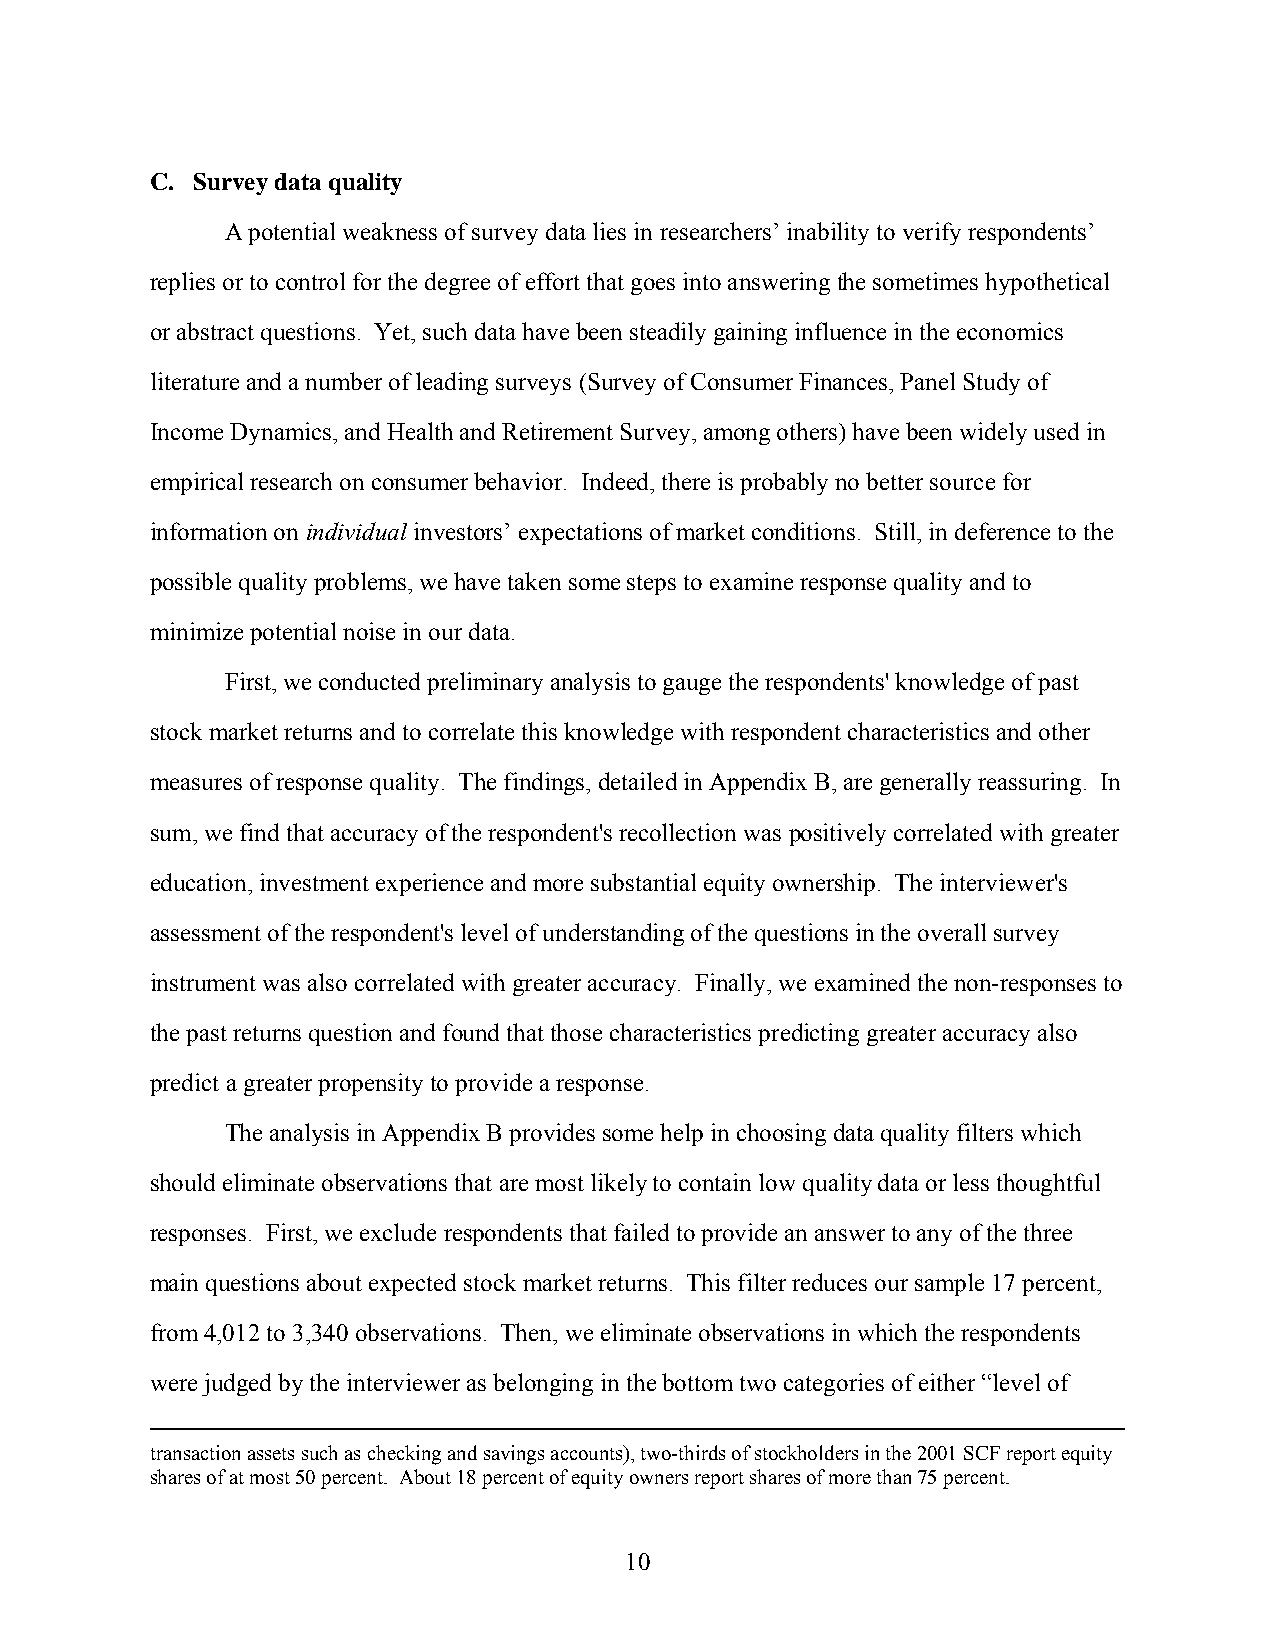
C. Survey data quality
 A potential weakness of survey data lies in researchers’ inability to verify respondents’
 replies or to control for the degree of effort that goes into answering the sometimes hypothetical
 or abstract questions. Yet, such data have been steadily gaining influence in the economics
 literature and a number of leading surveys (Survey of Consumer Finances, Panel Study of
 Income Dynamics, and Health and Retirement Survey, among others) have been widely used in
 empirical research on consumer behavior. Indeed, there is probably no better source for
 information on individual investors’ expectations of market conditions. Still, in deference to the
 possible quality problems, we have taken some steps to examine response quality and to
 minimize potential noise in our data.
 First, we conducted preliminary analysis to gauge the respondents' knowledge of past
 stock market returns and to correlate this knowledge with respondent characteristics and other
 measures of response quality. The findings, detailed in Appendix B, are generally reassuring. In
 sum, we find that accuracy of the respondent's recollection was positively correlated with greater
 education, investment experience and more substantial equity ownership. The interviewer's
 assessment of the respondent's level of understanding of the questions in the overall survey
 instrument was also correlated with greater accuracy. Finally, we examined the non-responses to
 the past returns question and found that those characteristics predicting greater accuracy also
 predict a greater propensity to provide a response.
 The analysis in Appendix B provides some help in choosing data quality filters which
 should eliminate observations that are most likely to contain low quality data or less thoughtful
 responses. First, we exclude respondents that failed to provide an answer to any of the three
 main questions about expected stock market returns. This filter reduces our sample 17 percent,
 from 4,012 to 3,340 observations. Then, we eliminate observations in which the respondents
 were judged by the interviewer as belonging in the bottom two categories of either “level of
 transaction assets such as checking and savings accounts), two-thirds of stockholders in the 2001 SCF report equity
 shares of at most 50 percent. About 18 percent of equity owners report shares of more than 75 percent.
 10